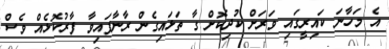
އެ މަހާނަ ކައިރީގައި ވަރަށް ކުދިކޮށް ގާ ތަޅައިގެން ރާނާފައިވާ ފާރުކޮޅެއް ވެސް